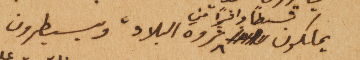
يملكون قسطاً وافراً من ثروة البلاد ويسيطرون